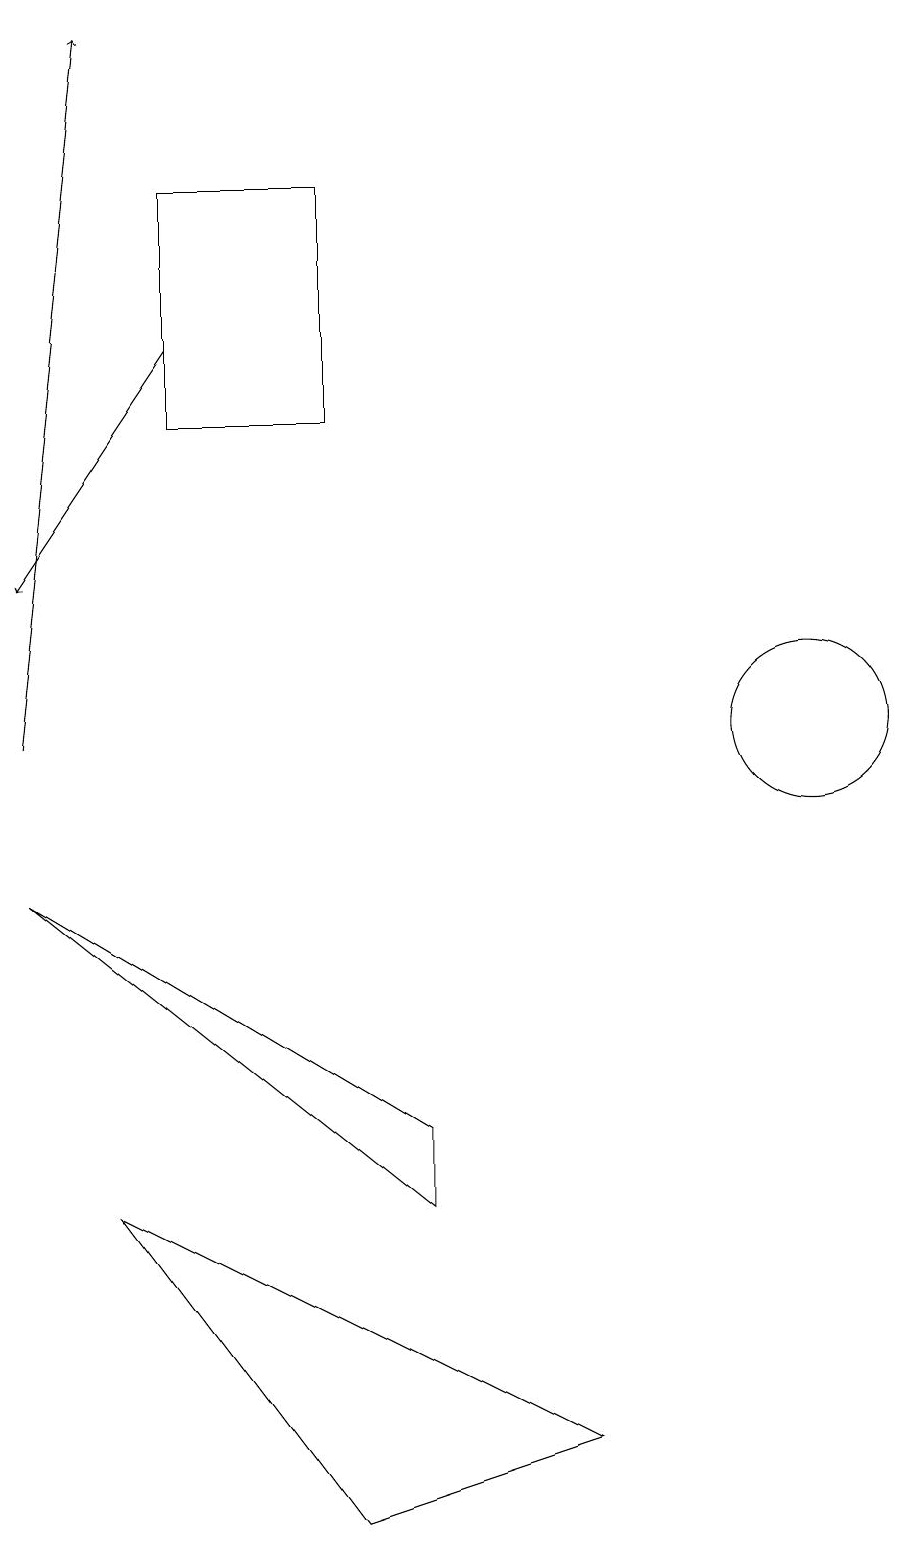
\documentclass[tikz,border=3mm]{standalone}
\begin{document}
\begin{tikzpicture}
\draw[->] (0,10) -- (1,19);
\draw (0,8) -- (5,4) -- (5,5) -- cycle;
\draw[->] (2,15) -- (0,12);
\draw (2,17) rectangle (4,14);
\draw (10,10) circle (1);
\draw (7,1) -- (1,4) -- (4,0) -- cycle;
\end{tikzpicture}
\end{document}